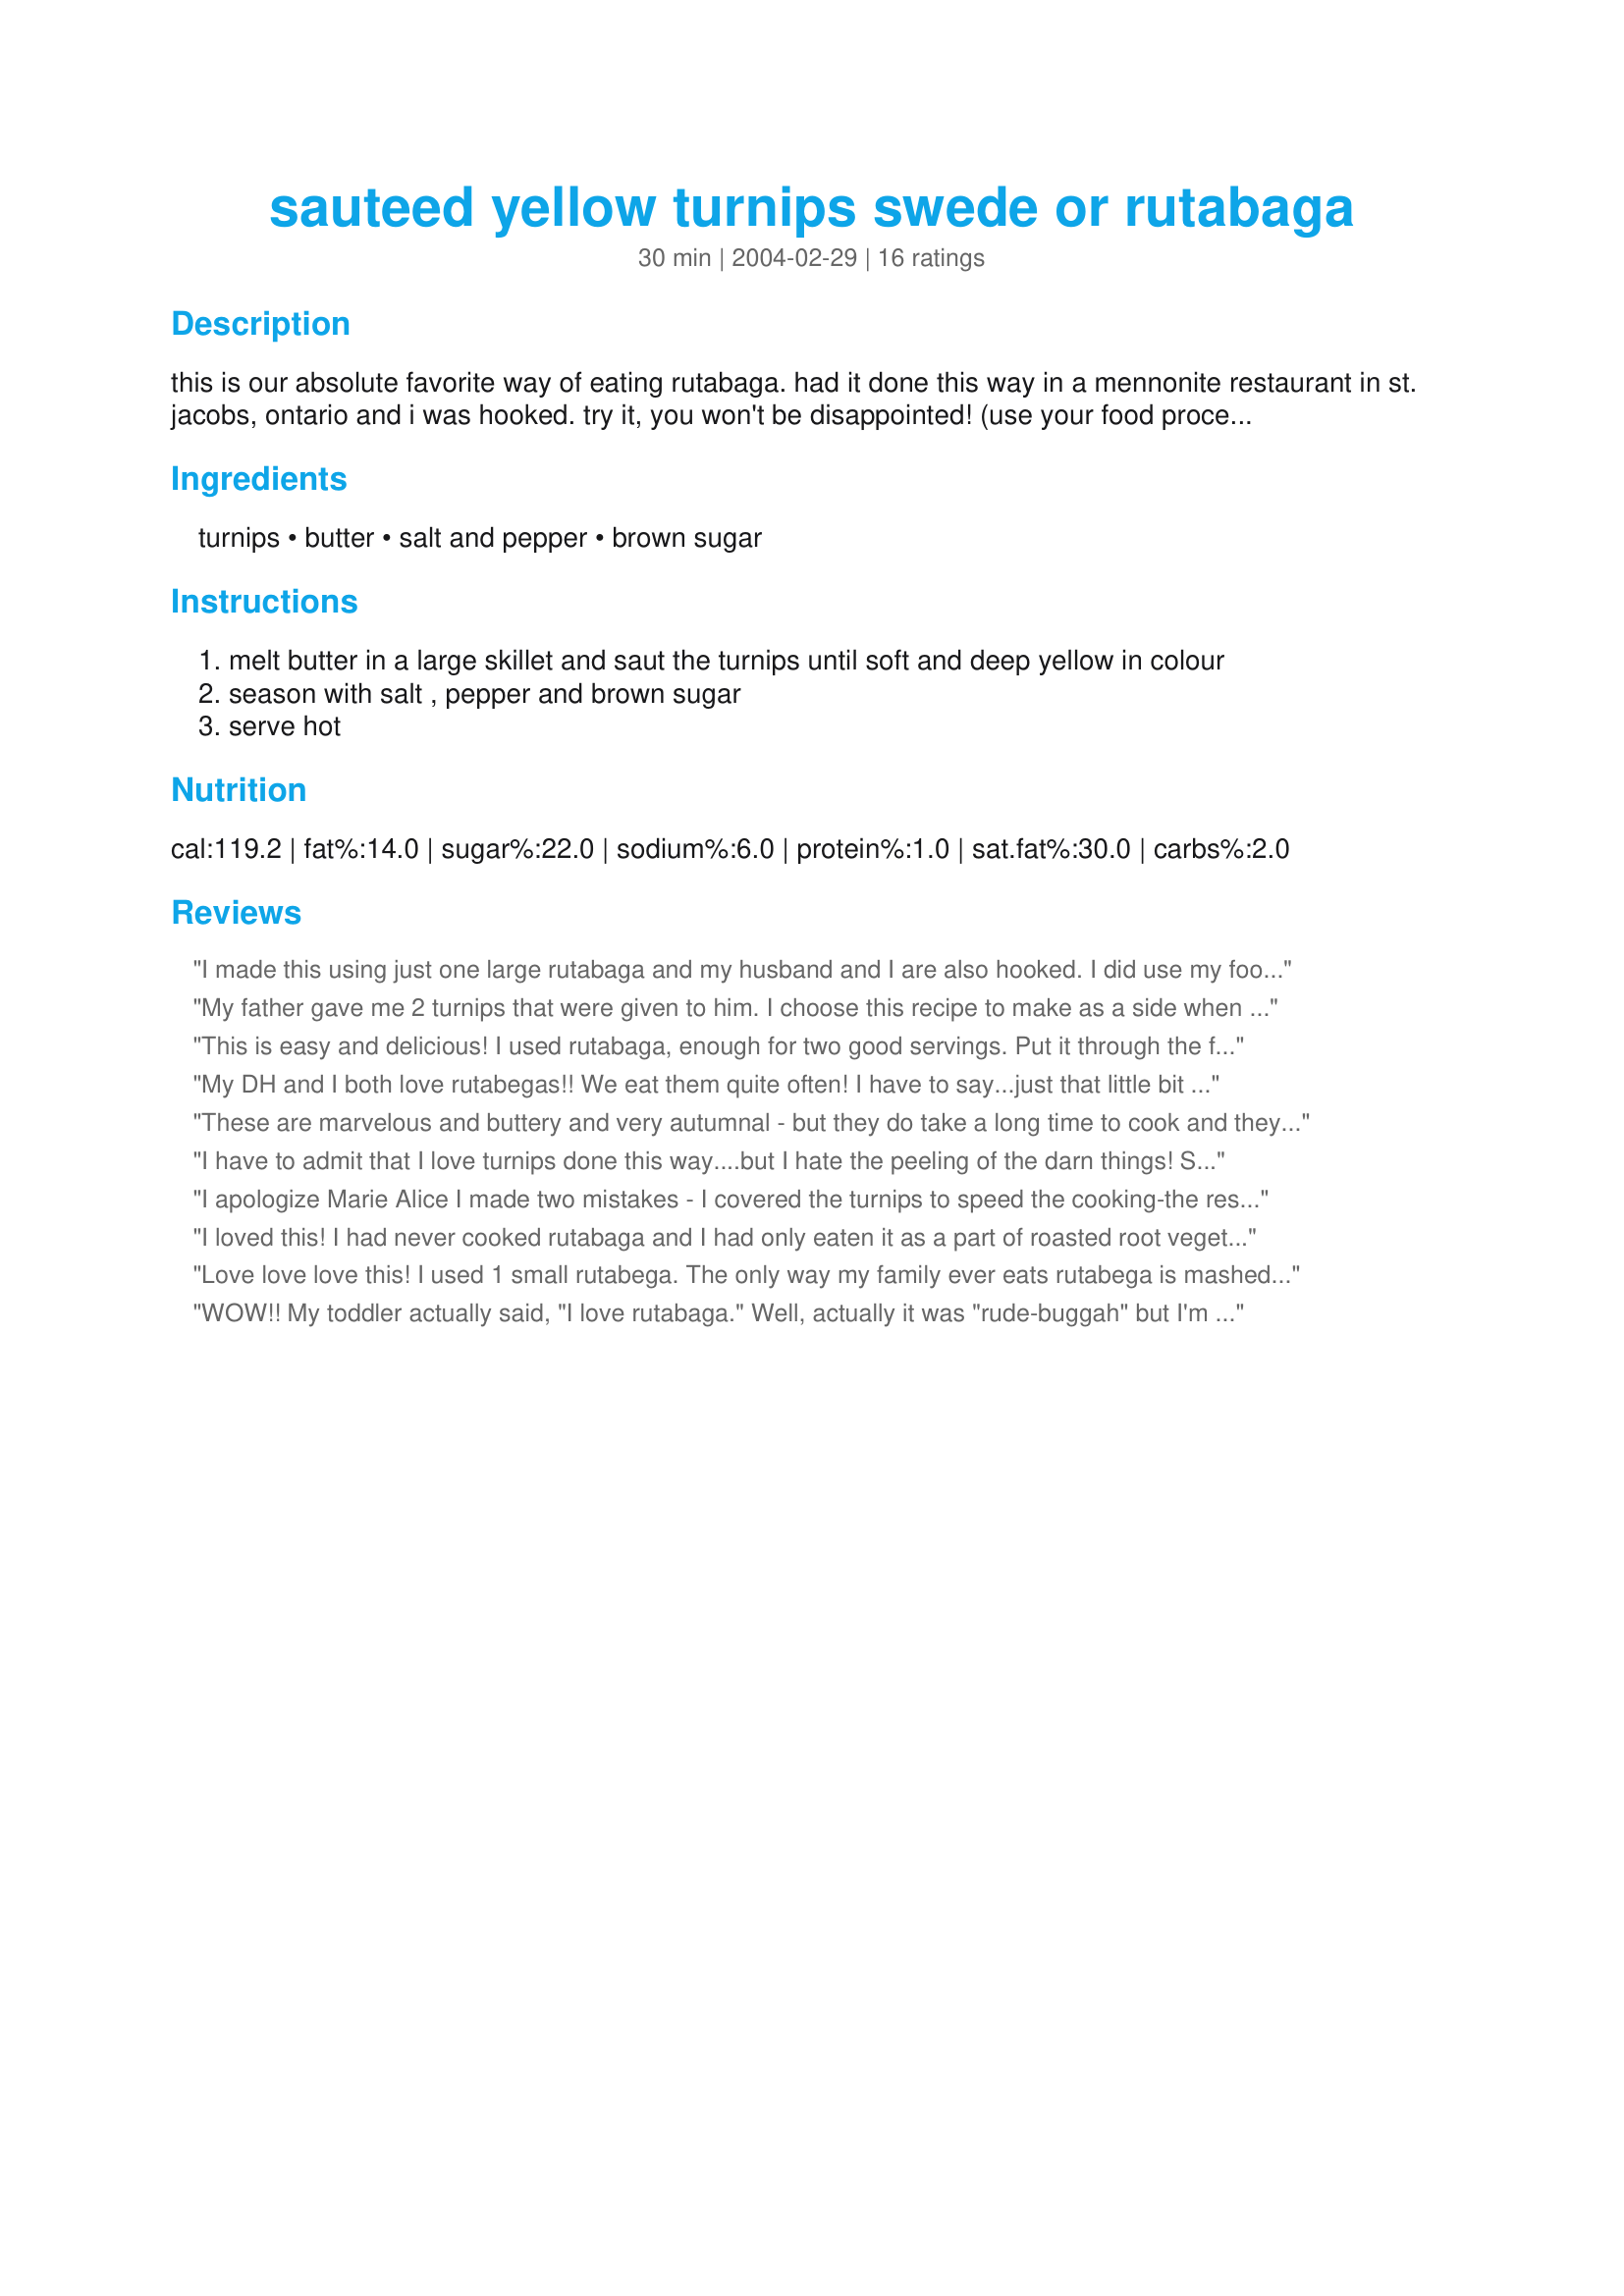
sauteed yellow turnips swede or rutabaga
Preparation time: 30 minutes

this is our absolute favorite way of eating rutabaga. had it done this way in a mennonite restaurant in st. jacobs, ontario and i was hooked. try it, you won't be disappointed! (use your food processor for the grating to save time!)

Ingredients:
turnips, butter, salt and pepper, brown sugar

Steps:
melt butter in a large skillet and saut the turnips until soft and deep yellow in colour
season with salt , pepper and brown sugar
serve hot

Reviews:
I made this using just one large rutabaga and my husband and I are also hooked. I did use my food processor for the grating, which made it not only fast but much easier as well. The flavor was fantastic...kind of sweet with cabbage and turnip undertones. My sauteing time was about 15-20 minutes and I used sea salt and freshly grated black pepper. Great recipe for this neglected, but delicious, vegetable! Thanks MarieAlice :)
My father gave me 2 turnips that were given to him. I choose this recipe to make as a side when he came over for dinner. When I asked him if he wanted any, he said "Just a little. I don't like cooked turnips." When he finally got around it eating it, he said "that was really good!" Unfortunately, there was none left for him to have seconds. Everyone else gobbled them down. BTW: I used my food processor to shred (not chop) and it worked beautifully.
This is easy and delicious! I used rutabaga, enough for two good servings. Put it through the food processor as suggested, it cooked up in about 20 minutes, and I just went back to it several times to keep it stirred. Bergy's experience with this recipe was helpful, thanks for that posting too.
My DH and I both love rutabegas!! We eat them quite often! I have to say...just that little bit of brown sugar...these were fantastic! Thank you!
These are marvelous and buttery and very autumnal - but they do take a long time to cook and they do require a LARGE pan.
I have to admit that I love turnips done this way....but I hate the peeling of the darn things! So I cheat...I buy frozen turnip. I know it might not be the same but this saves so much time. And the end result is terrific. The brown sugar and creamy butter add exactly what the turnip is missing....personality! This is the only way I have been serving turnip for years....and wouldn't change a thing! Thanks for posting this MarieAlice....it's a lovely recipe!
 I apologize Marie Alice I made two mistakes - I covered the turnips to speed the cooking-the result was over cooked, very soft almost mushy turnip. You said use a LARGE pan I used a smaller one and the turnips were at least 4 deep. If I were rating this recipe the way I botched it it would be a 2 star, however the cook is at fault here not the recipe. I will make the recipe according to instructions and re write this review Sorry Marie Alice but perhaps this review will serve as a warning others to follow the instructions.
I loved this! I had never cooked rutabaga and I had only eaten it as a part of roasted root vegetables. My large rutabaga gave me 5 shredded cups, and I cooked it in 3 tablespoons butter. I seasoned lightly with salt and pepper, and I used maple flakes--crystallized maple syrup--in place of the brown sugar.
Love love love this! I used 1 small rutabega. The only way my family ever eats rutabega is mashed on Thanksgiving. But THIS is how I'll be making mine on holidays from now on.
WOW!! My toddler actually said, "I love rutabaga." Well, actually it was "rude-buggah" but I'm pretty sure she meant dinner. :) I used a mandolin slicer and it came out well. It didn't take too long to prepare. I put some chicken in the oven and then peeled, cut and started cooking the rutabaga, then put on some converted rice and everything finished all together. Thanks, Marie Alice!!
Wow! This was SOOO good! What a nice change from 'boring old yellow turnips'. Added some onions, too. Will definitely make again. Thanks for sharing!<br/><br/>**Just made it again - fried up some slab bacon & threw it in..... to die for - literally!
Simple and delicious! What more can I say, it was perfect for our weekday night meal :) With the food processer, prep took about 5 min.
My husband and I liked this a bunch! I had 3 small purple-topped turnips and didn't know what to do with them - this was easy and very tasty, even though I cut back a bit on the butter. Now I plan to add more turnips (and rutabegas!) to our meal.
This is really wonderful. I made it about a year ago and forgot to review it. I am glad I found it again.
I adore this and DH likes it too. I do add some chopped onion, like a few others do, which I cut pretty small in the blender because grating it doesn't work very well. I think I use extra butter and have replaced it with olive oil before which was good as well. This is the first rutabaga recipe I've tried and I fell in love. Definitely will make this again.
Second time I have made this...EXCELLENT..served with Hamburgers/Brown Gravy (32973) and Buttered Egg Noodles (11107), beef was home trimed and ground once from a piece of bottom round, the hardest part is grating the rutabaga....gave me something to do while the burgers cooked. The processor is too noisy and beats it's material to a pulp
